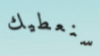
سنعطيك